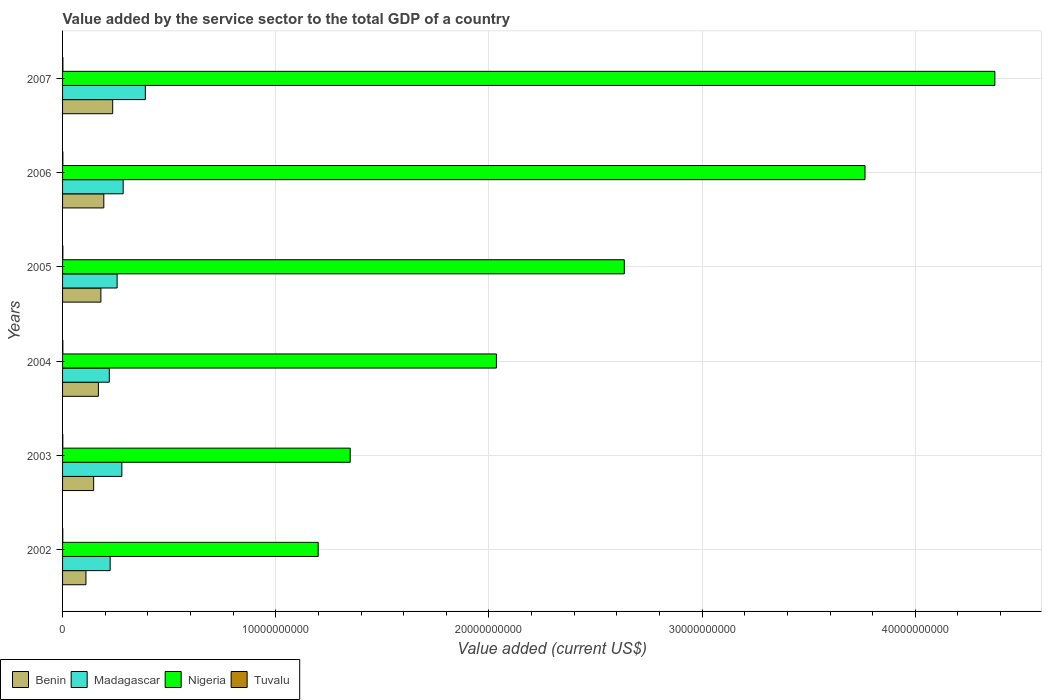
| Years | Benin | Madagascar | Nigeria | Tuvalu |
 | --- | --- | --- | --- | --- |
 | 2002 | 1.1e+09 | 2.23e+09 | 1.2e+10 | 9.67e+06 |
 | 2003 | 1.46e+09 | 2.78e+09 | 1.35e+10 | 1.11e+07 |
 | 2004 | 1.68e+09 | 2.19e+09 | 2.04e+10 | 1.33e+07 |
 | 2005 | 1.8e+09 | 2.56e+09 | 2.63e+10 | 1.36e+07 |
 | 2006 | 1.94e+09 | 2.84e+09 | 3.76e+10 | 1.44e+07 |
 | 2007 | 2.35e+09 | 3.88e+09 | 4.37e+10 | 1.63e+07 |